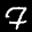
Label: 7